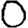
Digit: 0